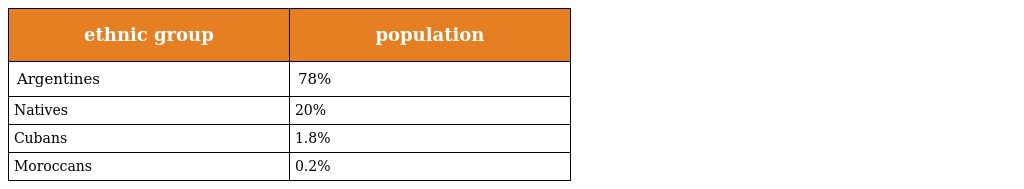
| ethnic group | population |
 | --- | --- |
 | Argentines | 78% |
 | Natives | 20% |
 | Cubans | 1.8% |
 | Moroccans | 0.2% |